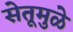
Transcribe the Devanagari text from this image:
सेतूमुळे